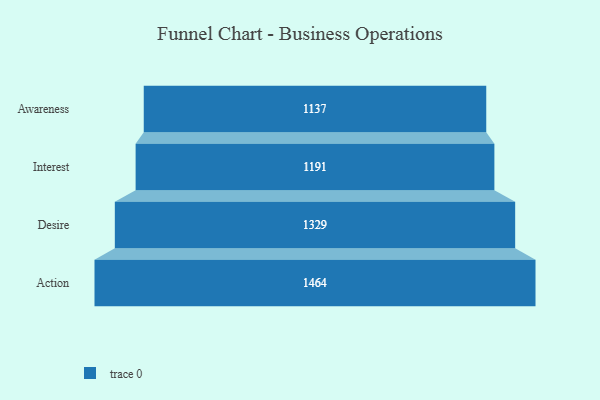
{"axis": {"x": "Stage", "y": "Value"}, "legend": [""], "data": [{"x": "Awareness", "y": 1137.0, "type": ""}, {"x": "Interest", "y": 1191.0, "type": ""}, {"x": "Desire", "y": 1329.0, "type": ""}, {"x": "Action", "y": 1464.0, "type": ""}]}